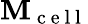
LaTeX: \mathbf{M}_{\mathrm{~c~e~l~l~}}